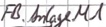
Text: FB.Anlage M1